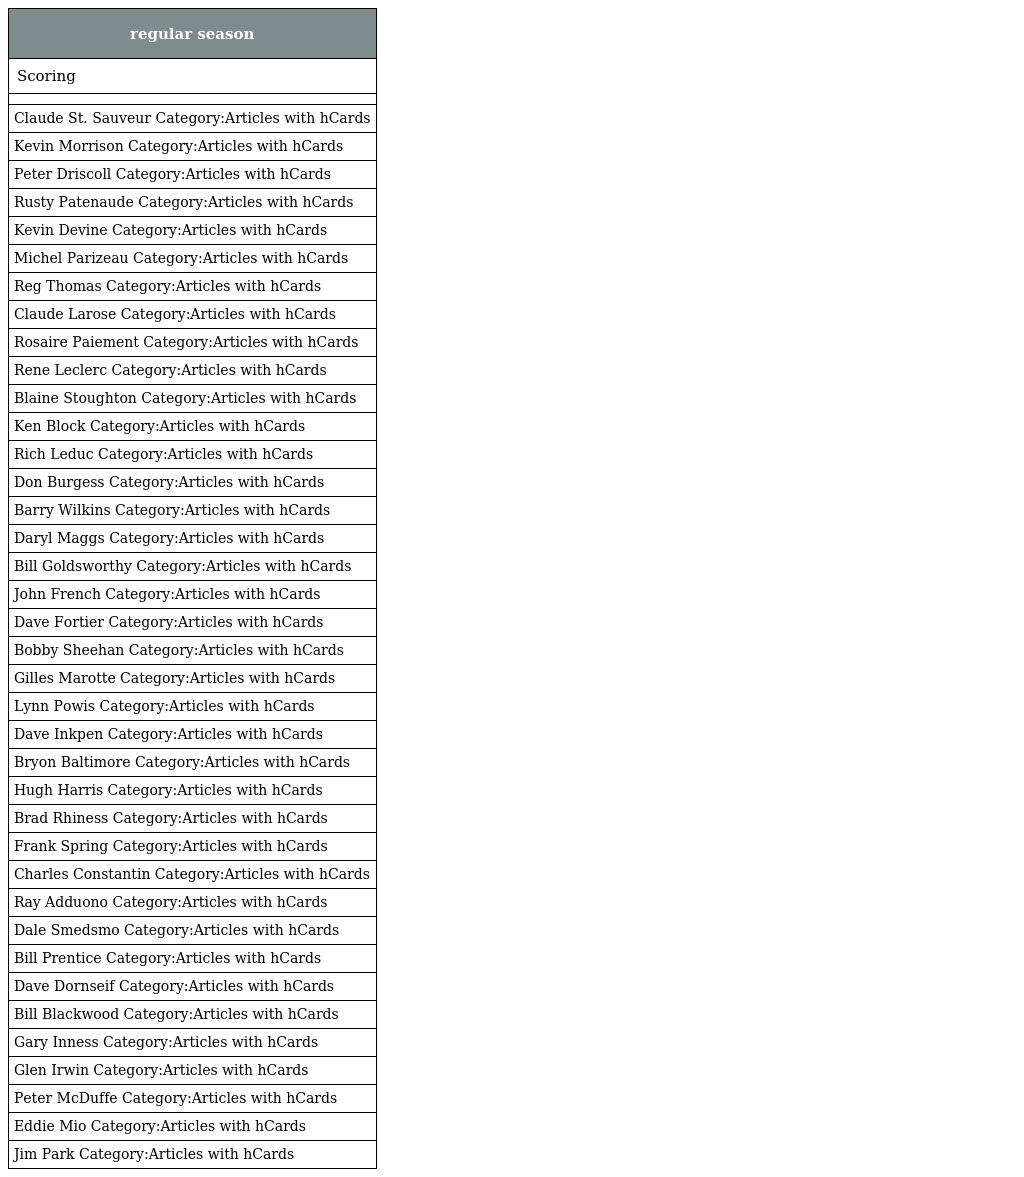
| regular season |
 | --- |
 | Scoring |
 |  |
 | Claude St. Sauveur Category:Articles with hCards |
 | Kevin Morrison Category:Articles with hCards |
 | Peter Driscoll Category:Articles with hCards |
 | Rusty Patenaude Category:Articles with hCards |
 | Kevin Devine Category:Articles with hCards |
 | Michel Parizeau Category:Articles with hCards |
 | Reg Thomas Category:Articles with hCards |
 | Claude Larose Category:Articles with hCards |
 | Rosaire Paiement Category:Articles with hCards |
 | Rene Leclerc Category:Articles with hCards |
 | Blaine Stoughton Category:Articles with hCards |
 | Ken Block Category:Articles with hCards |
 | Rich Leduc Category:Articles with hCards |
 | Don Burgess Category:Articles with hCards |
 | Barry Wilkins Category:Articles with hCards |
 | Daryl Maggs Category:Articles with hCards |
 | Bill Goldsworthy Category:Articles with hCards |
 | John French Category:Articles with hCards |
 | Dave Fortier Category:Articles with hCards |
 | Bobby Sheehan Category:Articles with hCards |
 | Gilles Marotte Category:Articles with hCards |
 | Lynn Powis Category:Articles with hCards |
 | Dave Inkpen Category:Articles with hCards |
 | Bryon Baltimore Category:Articles with hCards |
 | Hugh Harris Category:Articles with hCards |
 | Brad Rhiness Category:Articles with hCards |
 | Frank Spring Category:Articles with hCards |
 | Charles Constantin Category:Articles with hCards |
 | Ray Adduono Category:Articles with hCards |
 | Dale Smedsmo Category:Articles with hCards |
 | Bill Prentice Category:Articles with hCards |
 | Dave Dornseif Category:Articles with hCards |
 | Bill Blackwood Category:Articles with hCards |
 | Gary Inness Category:Articles with hCards |
 | Glen Irwin Category:Articles with hCards |
 | Peter McDuffe Category:Articles with hCards |
 | Eddie Mio Category:Articles with hCards |
 | Jim Park Category:Articles with hCards |